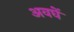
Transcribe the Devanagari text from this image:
अवघें